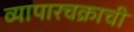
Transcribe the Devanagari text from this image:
व्यापारचक्राची